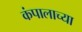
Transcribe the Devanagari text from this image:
कंपालाच्या